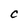
Character: C